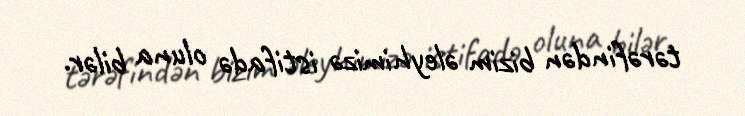
tərəfindən bizim əleyhimizə istifadə oluna bilər.